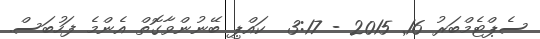
ސެޕްޓެމްބަރު 16